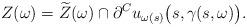
LaTeX: \begin{align*}Z(\omega) = \widetilde Z(\omega) \cap \partial^C u_{\omega(s)}\big(s, \gamma(s,\omega)\big).\end{align*}